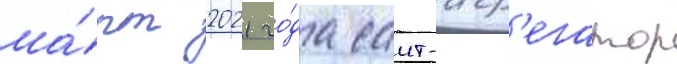
ма́рт 2021 го́да саит-агр'егатор